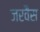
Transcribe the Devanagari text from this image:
जरवैस